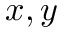
x , y